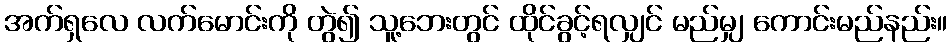
အက်ရှလေ လက်မောင်းကို တွဲ၍ သူ့ဘေးတွင် ထိုင်ခွင့်ရလျှင် မည်မျှ ကောင်းမည်နည်း။